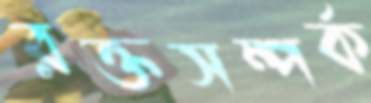
রক্তসম্পর্ক